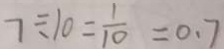
7 \div 1 0 = \frac { 1 } { 1 0 } = 0 . 7